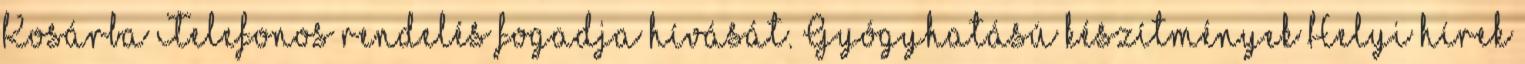
Kosárba Telefonos rendelés fogadja hívását. Gyógyhatású készítmények Helyi hírek